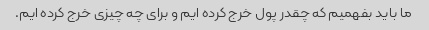
ما باید بفهمیم که چقدر پول خرج کرده ایم و برای چه چیزی خرج کرده ایم.